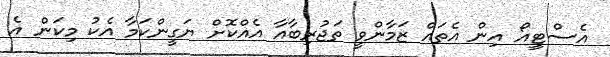
އެސްޓީއޯ އިން އެތައް ޒަމާންވީ ތަޖުރިބާއާ އެއްކޮށް ޔަގީންކަމާ އެކު މިކަން އެ